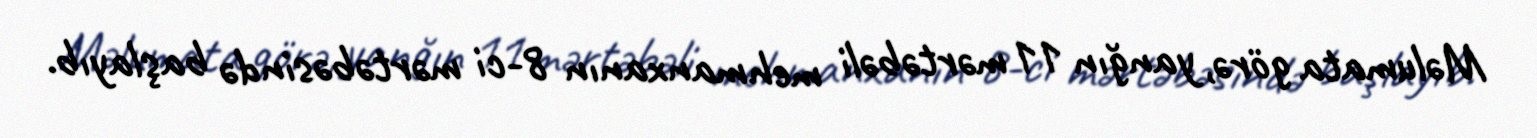
Məlumata görə, yanğın 11 mərtəbəli mehmanxanın 8-ci mərtəbəsində başlayıb.